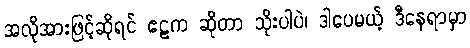
အလိုအားဖြင့်ဆိုရင် ဧဠက ဆိုတာ သိုးပါပဲ၊ ဒါပေမယ့် ဒီနေရာမှာ